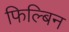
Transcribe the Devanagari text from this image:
फिल्बिन